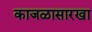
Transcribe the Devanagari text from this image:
काजळासारखा